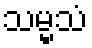
သမ္မသံ